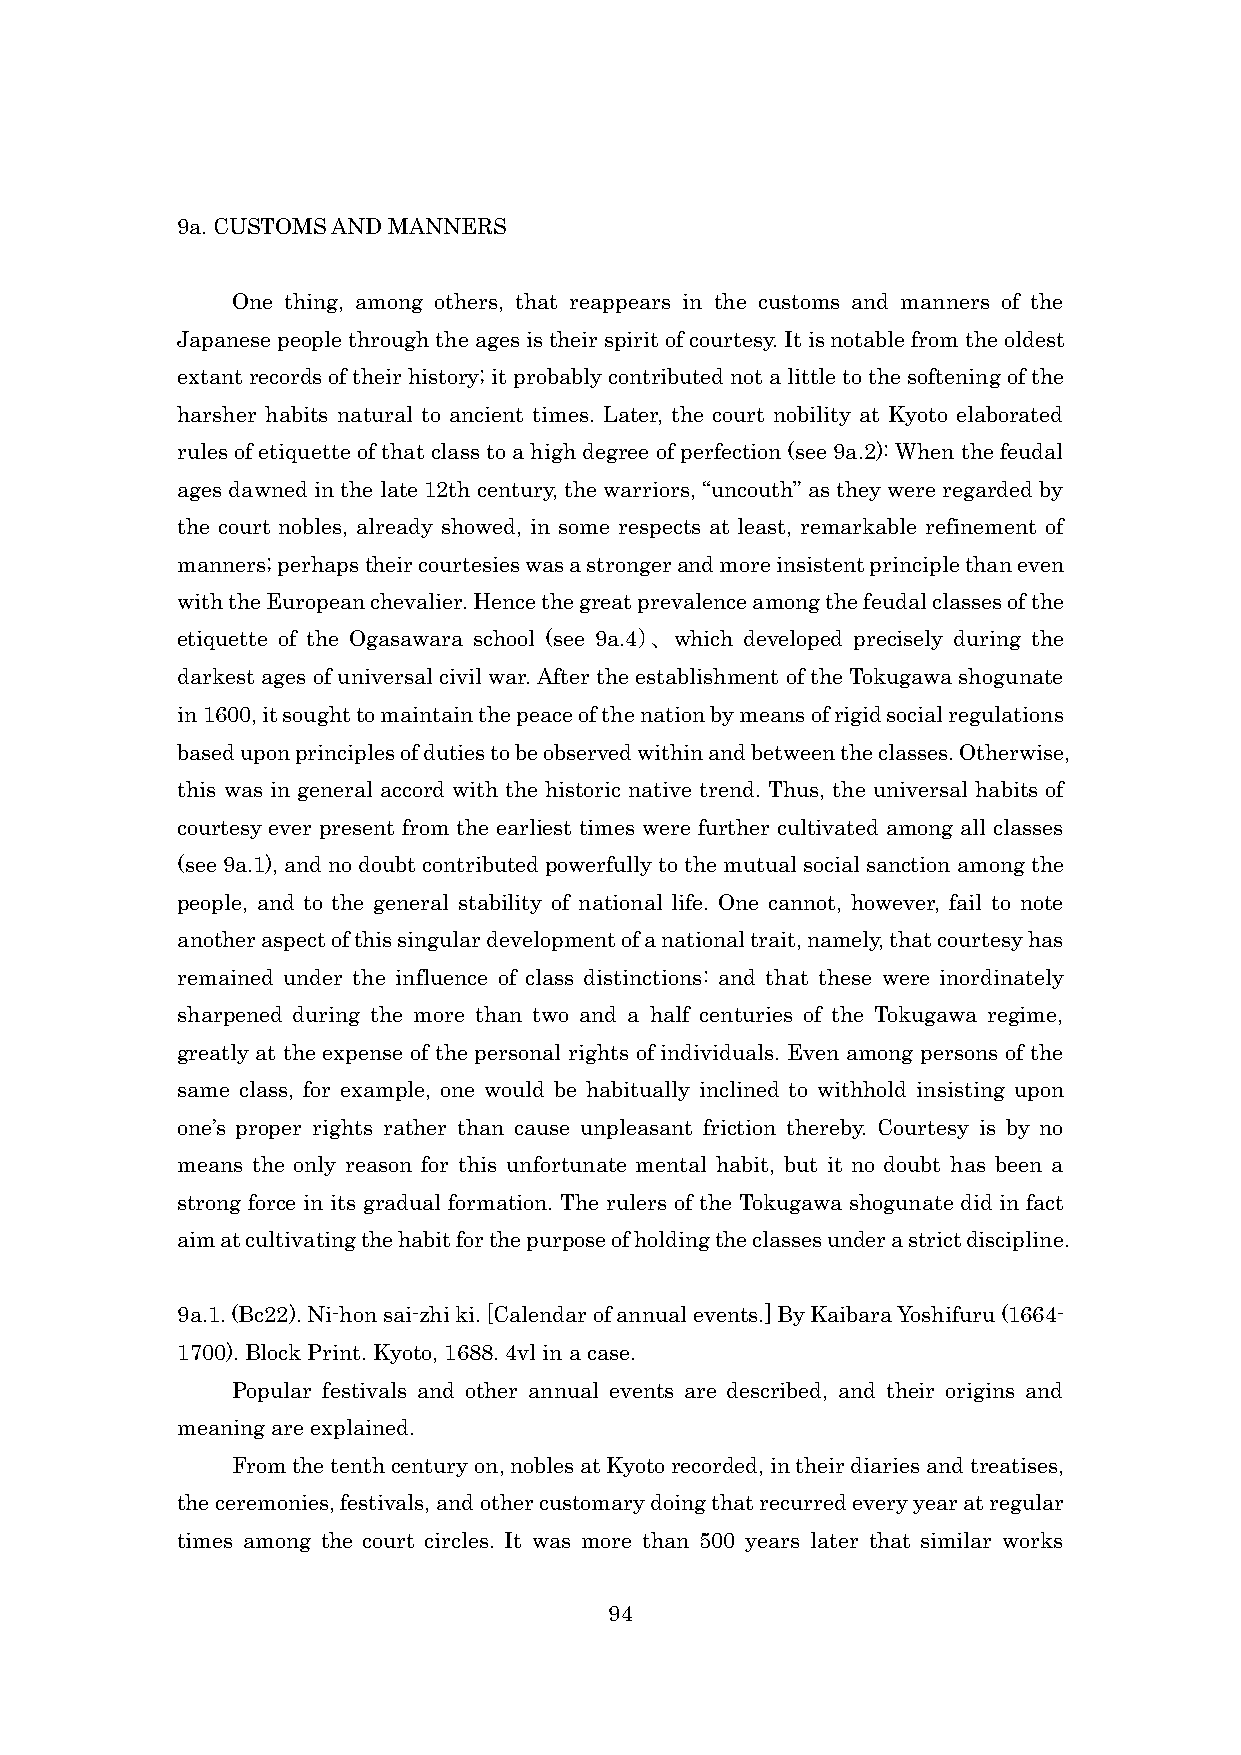
9a. CUSTOMS AND MANNERS
 One thing, among others, that reappears in the customs and manners of the
 Japanese people through the ages is their spirit of courtesy. It is notable from the oldest
 extant records of their history; it probably contributed not a little to the softening of the
 harsher habits natural to ancient times. Later, the court nobility at Kyoto elaborated
 rules of etiquette of that class to a high degree of perfection (see 9a.2): When the feudal
 ages dawned in the late 12th century, the warriors, “uncouth” as they were regarded by
 the court nobles, already showed, in some respects at least, remarkable refinement of
 manners; perhaps their courtesies was a stronger and more insistent principle than even
 with the European chevalier. Hence the great prevalence among the feudal classes of the
 etiquette of the Ogasawara school (see 9a.4）、which developed precisely during the
 darkest ages of universal civil war. After the establishment of the Tokugawa shogunate
 in 1600, it sought to maintain the peace of the nation by means of rigid social regulations
 based upon principles of duties to be observed within and between the classes. Otherwise,
 this was in general accord with the historic native trend. Thus, the universal habits of
 courtesy ever present from the earliest times were further cultivated among all classes
 (see 9a.1), and no doubt contributed powerfully to the mutual social sanction among the
 people, and to the general stability of national life. One cannot, however, fail to note
 another aspect of this singular development of a national trait, namely, that courtesy has
 remained under the influence of class distinctions: and that these were inordinately
 sharpened during the more than two and a half centuries of the Tokugawa regime,
 greatly at the expense of the personal rights of individuals. Even among persons of the
 same class, for example, one would be habitually inclined to withhold insisting upon
 one’s proper rights rather than cause unpleasant friction thereby. Courtesy is by no
 means the only reason for this unfortunate mental habit, but it no doubt has been a
 strong force in its gradual formation. The rulers of the Tokugawa shogunate did in fact
 aim at cultivating the habit for the purpose of holding the classes under a strict discipline.
 9a.1. (Bc22). Ni-hon sai-zhi ki. [Calendar of annual events.] By Kaibara Yoshifuru (1664-
 1700). Block Print. Kyoto, 1688. 4vl in a case.
 Popular festivals and other annual events are described, and their origins and
 meaning are explained.
 From the tenth century on, nobles at Kyoto recorded, in their diaries and treatises,
 the ceremonies, festivals, and other customary doing that recurred every year at regular
 times among the court circles. It was more than 500 years later that similar works
 94